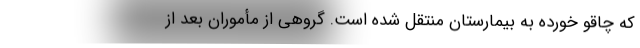
که چاقو خورده به بیمارستان منتقل شده است. گروهی از مأموران بعد از